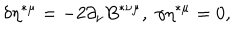
LaTeX: \delta \eta ^ { * \mu } = - 2 \partial _ { \nu } B ^ { * \nu \mu } , \; \gamma \eta ^ { * \mu } = 0 ,